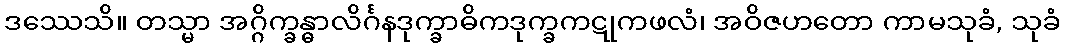
ဒဿေသိ။ တသ္မာ အဂ္ဂိက္ခန္ဓာလိင်္ဂနဒုက္ခာဓိကဒုက္ခကဋုကဖလံ၊ အဝိဇဟတော ကာမသုခံ, သုခံ